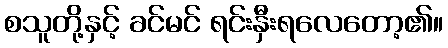
စသူတို့နှင့် ခင်မင် ရင်းနှီးရလေတော့၏။